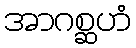
အာဂစ္ဆဟံ